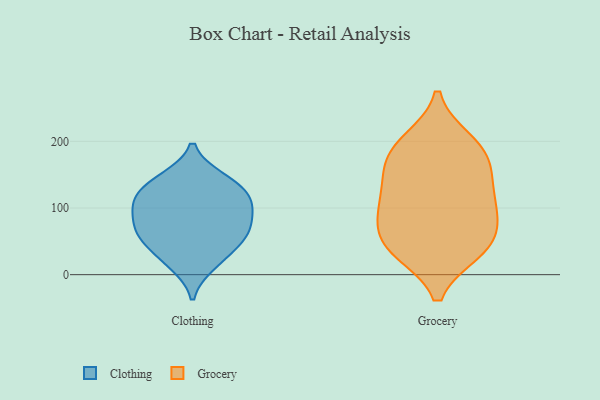
{"axis": {"x": "Operating Costs (USD K)", "y": "Value"}, "legend": ["Clothing", "Grocery"], "data": [{"x": "", "y": 123, "type": "Clothing"}, {"x": "", "y": 15, "type": "Clothing"}, {"x": "", "y": 119, "type": "Clothing"}, {"x": "", "y": 141, "type": "Clothing"}, {"x": "", "y": 99, "type": "Clothing"}, {"x": "", "y": 144, "type": "Clothing"}, {"x": "", "y": 54, "type": "Clothing"}, {"x": "", "y": 58, "type": "Clothing"}, {"x": "", "y": 66, "type": "Clothing"}, {"x": "", "y": 66, "type": "Clothing"}, {"x": "", "y": 93, "type": "Clothing"}, {"x": "", "y": 27, "type": "Clothing"}, {"x": "", "y": 104, "type": "Clothing"}, {"x": "", "y": 41, "type": "Grocery"}, {"x": "", "y": 171, "type": "Grocery"}, {"x": "", "y": 150, "type": "Grocery"}, {"x": "", "y": 196, "type": "Grocery"}, {"x": "", "y": 200, "type": "Grocery"}, {"x": "", "y": 49, "type": "Grocery"}, {"x": "", "y": 105, "type": "Grocery"}, {"x": "", "y": 37, "type": "Grocery"}, {"x": "", "y": 80, "type": "Grocery"}, {"x": "", "y": 87, "type": "Grocery"}, {"x": "", "y": 36, "type": "Grocery"}, {"x": "", "y": 132, "type": "Grocery"}, {"x": "", "y": 176, "type": "Grocery"}, {"x": "", "y": 108, "type": "Grocery"}]}